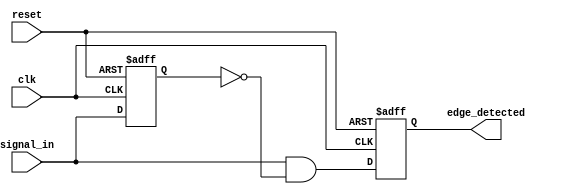
module edge_detector (
    input wire clk,            // Clock signal
    input wire reset,          // Reset signal
    input wire signal_in,      // Input signal to monitor for rising edges
    output reg edge_detected   // Output signal that goes high on a rising edge
);

    reg signal_prev;           // Register to hold the previous state of the input signal

    // Always block to update the previous state and detect rising edges
    always @(posedge clk or posedge reset) begin
        if (reset) begin
            signal_prev <= 1'b0;      // Initialize previous signal state on reset
            edge_detected <= 1'b0;    // Initialize edge_detected on reset
        end else begin
            edge_detected <= (signal_in && !signal_prev); // Detect rising edge
            signal_prev <= signal_in;  // Update previous state
        end
    end

endmodule